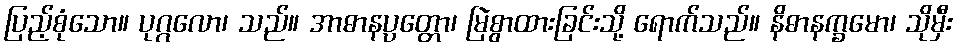
ပြည့်စုံသော။ ပုဂ္ဂလော၊ သည်။ အာဓာနပ္ပတ္တော၊ မြဲစွာထားခြင်းသို့ ရောက်သည်။ နိဓာနက္ခမော၊ သိုမှီး